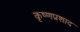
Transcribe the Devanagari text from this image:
कृष्णप्रशाद